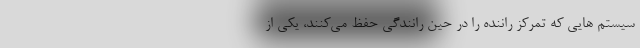
سیستم هایی که تمرکز راننده را در حین رانندگی حفظ می‌کنند، یکی از